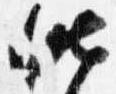
昨